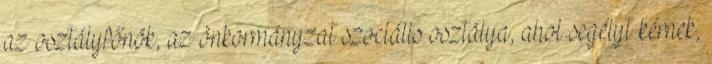
az osztályfőnök, az önkormányzat szociális osztálya, ahol segélyt kérnek,